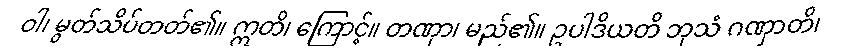
ဝါ၊ မွတ်သိပ်တတ်၏။ ဣတိ၊ ကြောင့်။ တဏှာ၊ မည်၏။ ဥပါဒိယတိ ဘုသံ ဂဏှာတိ၊